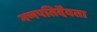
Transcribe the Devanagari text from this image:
गणपतिर्देवता